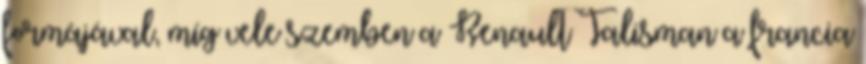
formájával, míg vele szemben a Renault Talisman a francia